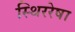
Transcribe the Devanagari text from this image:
स्थिररेषा